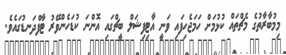
މިމުބާރާތުގެ މެޗްތައް ކުޅުމަށް ހަމަޖެހިފައި ވަނީ އާޓިފިޝަލް ބީޗްގައި އޮންނަ ކުޑަހެންވޭރު ޓާފްދަނޑުގައެވެ.